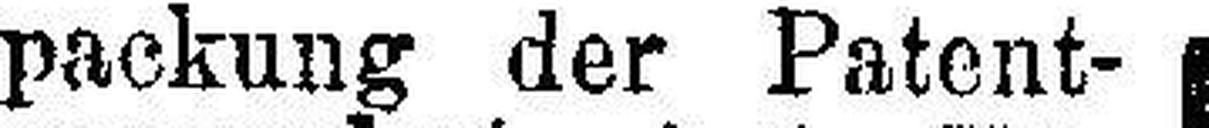
packung der Patent¬